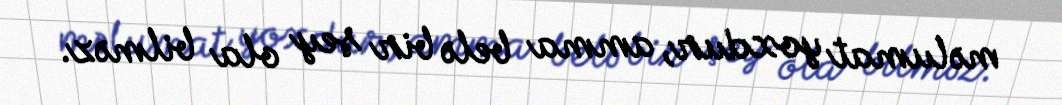
məlumat yoxdur, amma belə bir şey ola bilməz.